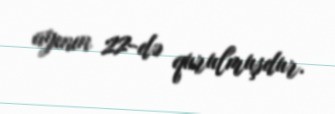
ayının 22-də qurulmuşdur.